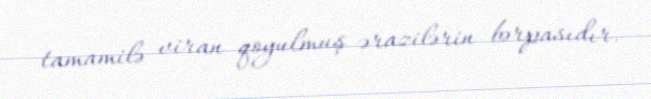
tamamilə viran qoyulmuş ərazilərin bərpasıdır.